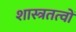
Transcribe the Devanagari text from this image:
शास्त्रतत्वों